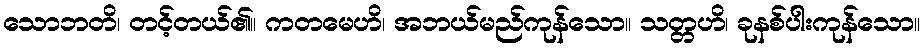
သောဘတိ၊ တင့်တယ်၏။ ကတမေဟိ၊ အဘယ်မည်ကုန်သော။ သတ္တဟိ၊ ခုနစ်ပါးကုန်သော။